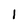
Character: 1